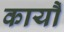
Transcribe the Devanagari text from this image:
कार्यौ